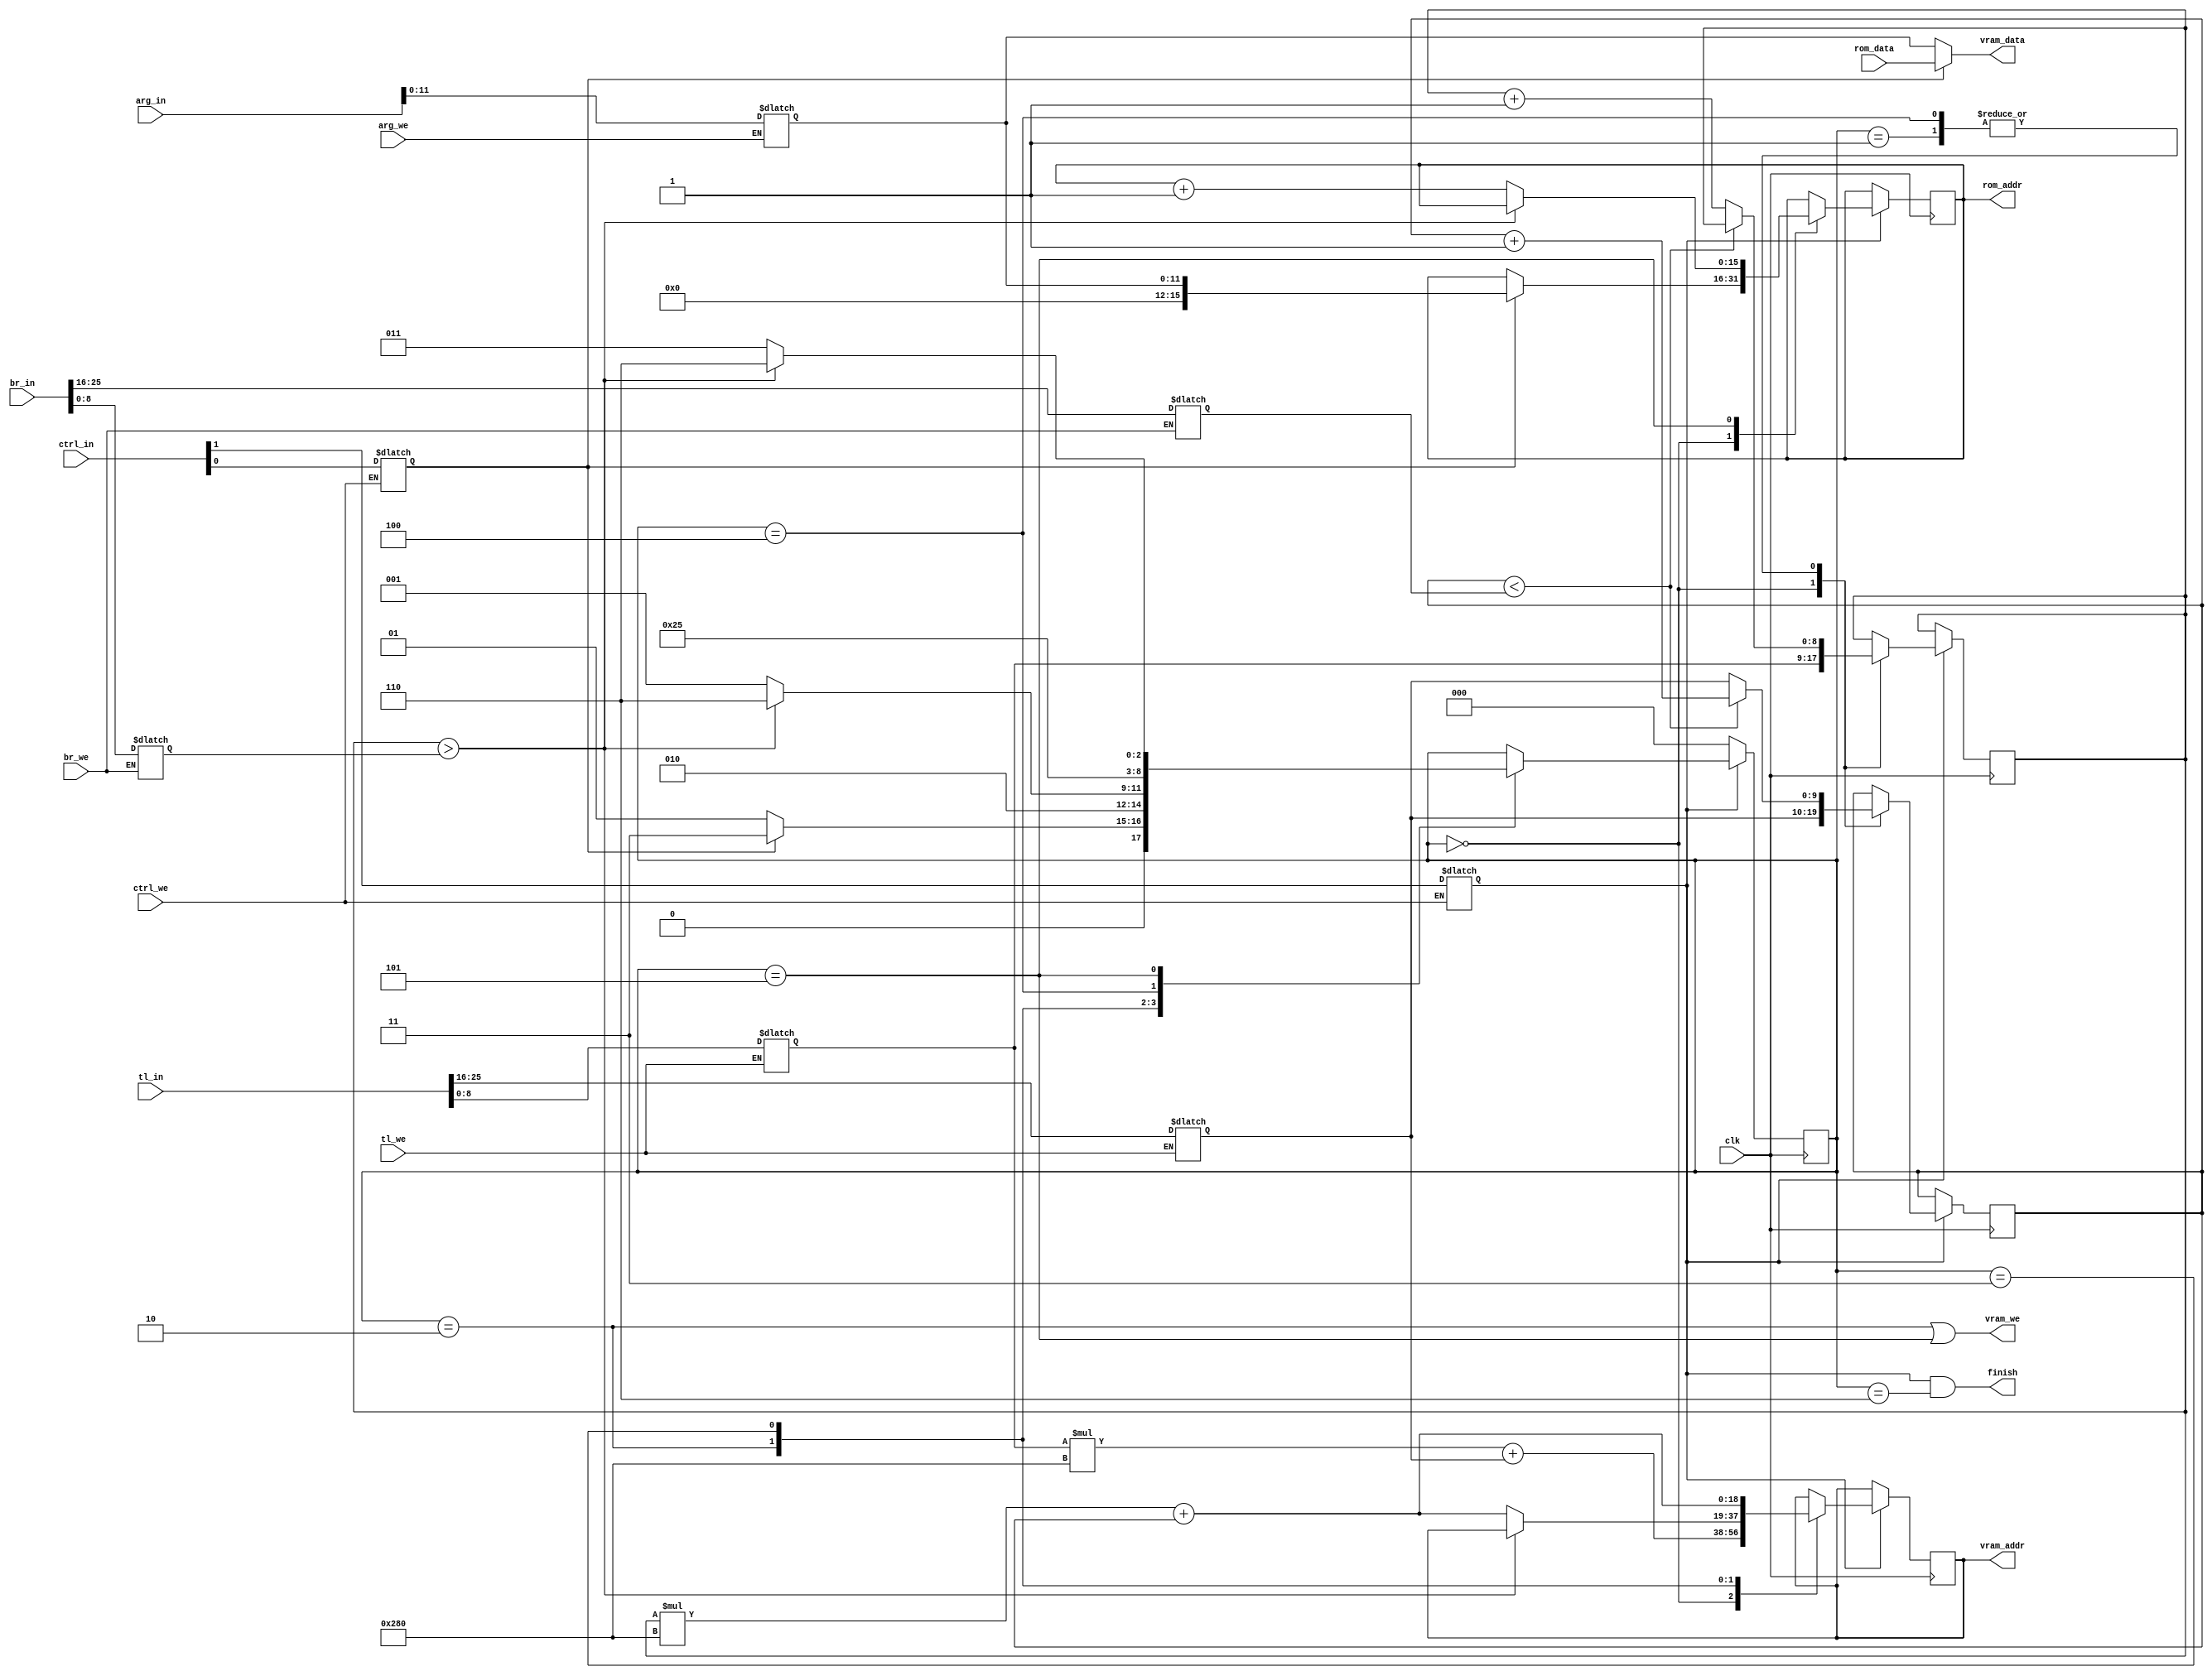
`timescale 1ns / 1ps

module graphics_processor(
    input clk,
    input [31:0] ctrl_in,
    input [31:0] tl_in,
    input [31:0] br_in,
    input [31:0] arg_in,
    input ctrl_we,
    input tl_we,
    input br_we,
    input arg_we,
    input [11:0] rom_data,
    output vram_we, // VRAM write enable
    output reg [18:0] vram_addr, // VRAM address
    output [11:0] vram_data, // VRAM data
    output reg [15:0] rom_addr,
    output finish
    );

    parameter width = 640;
    parameter height = 480;

    // states
    parameter init = 0;
    parameter fill_set_addr = 1;
    parameter fill_write_ram = 2;
    parameter draw_set_addr = 3;
    parameter draw_read_rom = 4;
    parameter draw_write_ram = 5;
    parameter fin = 6;

    // opcodes
    parameter fill = 1'b0;
    parameter draw = 1'b1;

    reg en = 0;
    reg opcode = 0;
    reg [9:0] tl_x = 0;
    reg [8:0] tl_y = 0;
    reg [9:0] br_x = 0;
    reg [8:0] br_y = 0;
    reg [11:0] arg = 0;

    reg [9:0] cur_x;
    reg [8:0] cur_y;
    reg [2:0] state;

    assign finish = en && (state == fin);
    assign vram_we = state == fill_write_ram || state == draw_write_ram;
    assign vram_data = opcode == fill ? arg : rom_data;

    always@(ctrl_we, tl_we, br_we, arg_we)begin
        if(ctrl_we) {en, opcode} <= ctrl_in[1:0];
        if(tl_we) {tl_x, tl_y} <= {tl_in[25:16], tl_in[8:0]};
        if(br_we) {br_x, br_y} <= {br_in[25:16], br_in[8:0]};
        if(arg_we) arg = arg_in[11:0];
    end

    always@(posedge clk)begin
        if(en)begin
            case(state)
                init:begin
                    // init registers
                    cur_x <= tl_x;
                    cur_y <= tl_y;
                    vram_addr <= tl_y * width + tl_x;
                    if(opcode == fill)begin
                        state <= fill_set_addr;
                    end
                    else begin
                        rom_addr <= {4'b0, arg};
                        state <= draw_set_addr;
                    end
                end
                fill_set_addr:begin
                    // move to the next pixel
                    if(cur_x < br_x) begin
                        cur_x <= cur_x + 1;
                    end
                    else begin 
                        cur_x <= tl_x;
                        cur_y <= cur_y + 1;
                    end
                    state <= fill_write_ram;
                end
                fill_write_ram:begin
                    // if the position is out of the rectangle, goto finish
                    if(cur_y > br_y) begin
                        state <= fin;
                    end
                    else begin
                        // load address
                        vram_addr <= cur_y * width + cur_x;
                        state <= fill_set_addr;
                    end
                end
                draw_set_addr:begin
                    state <= draw_read_rom;
                    // load address
                    vram_addr <= cur_y * width + cur_x;
                end
                draw_read_rom:begin
                    // move to the next pixel
                    if(cur_x < br_x) begin
                        cur_x <= cur_x + 1;
                    end
                    else begin 
                        cur_x <= tl_x;
                        cur_y <= cur_y + 1;
                    end
                    state <= draw_write_ram;
                end
                draw_write_ram:begin
                    // if the position is out of the rectangle, goto finish
                    if(cur_y > br_y) begin
                        state <= fin;
                    end
                    else begin
                        // go to the next address of ROM
                        rom_addr <= rom_addr + 1;
                        state <= draw_set_addr;
                    end
                end
            endcase
        end
        else begin
            state <= init;
        end

    end
endmodule